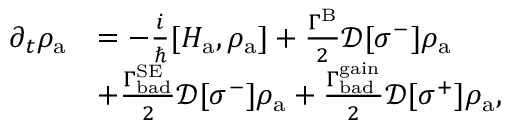
\begin{array} { r l } { \partial _ { t } \rho _ { \mathrm { a } } } & { = - \frac { i } { \hbar } [ H _ { \mathrm { a } } , \rho _ { \mathrm { a } } ] + \frac { \Gamma ^ { \mathrm { B } } } { 2 } \mathcal { D } [ \sigma ^ { - } ] \rho _ { \mathrm { a } } } \\ & { + \frac { \Gamma _ { \mathrm { b a d } } ^ { \mathrm { S E } } } { 2 } \mathcal { D } [ \sigma ^ { - } ] \rho _ { \mathrm { a } } + \frac { \Gamma _ { \mathrm { b a d } } ^ { \mathrm { g a i n } } } { 2 } \mathcal { D } [ \sigma ^ { + } ] \rho _ { \mathrm { a } } , } \end{array}